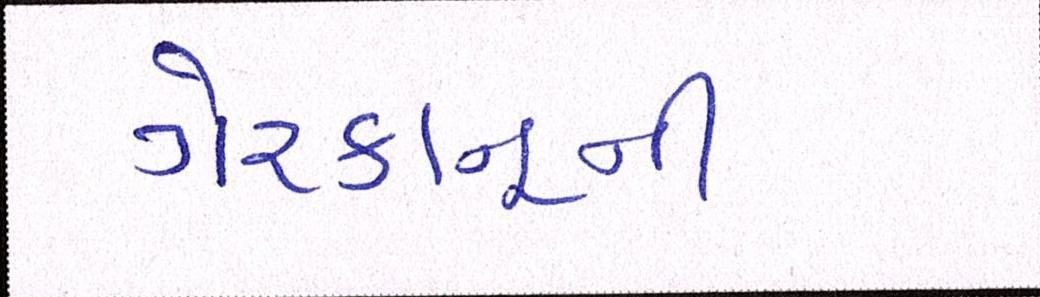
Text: ગેરકાનૂની